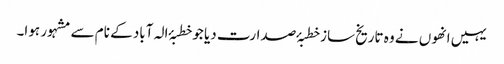
یہیں انھوں نے وہ تاریخ ساز خطبۂ صدارت دیا جو خطبۂ الہ آباد کے نام سے مشہور ہوا۔